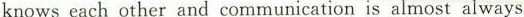
knows each other and communication is almost always